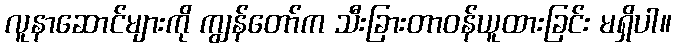
လူနာဆောင်များကို ကျွန်တော်က သီးခြားတာဝန်ယူထားခြင်း မရှိပါ။